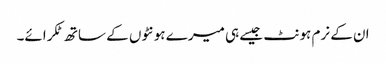
ان کے نرم ہونٹ جیسے ہی میرے ہونٹوں کے ساتھ ٹکرائے۔